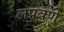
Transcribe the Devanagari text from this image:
लपवणे